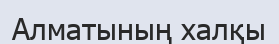
Алматының халқы